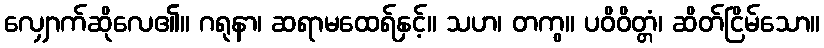
လျှောက်ဆိုလေ၏။ ဂရုနာ၊ ဆရာမထေရ်နှင့်။ သဟ၊ တကွ။ ပဝိဝိတ္တံ၊ ဆိတ်ငြိမ်သော။